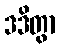
ဒဒိတွာ